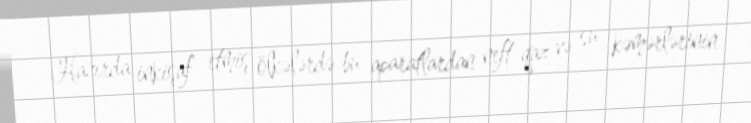
Hazırda inkişaf etmiş ölkələrdə bu aparatlardan neft-qaz və su kəmərlərinin